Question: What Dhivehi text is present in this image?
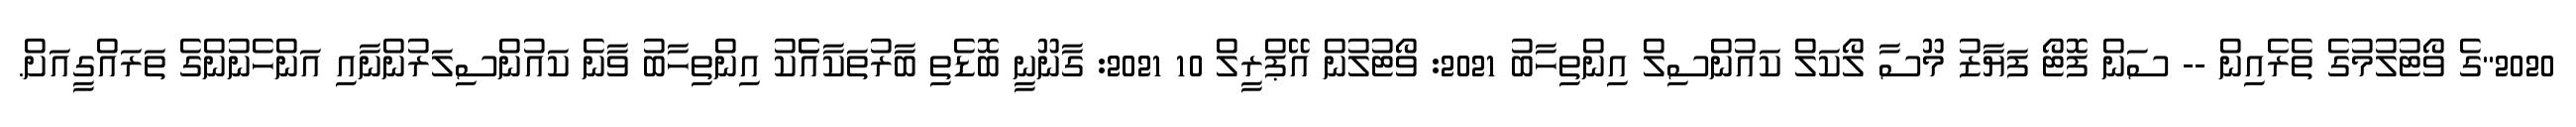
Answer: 2020"ގެ ވޯޓުލުމުގެ ތެރެއިން -- ސަން ފޮޓޯ ފަޔާޒު މޫސާ ލޯކަލް ކައުންސިލް އިންތިހާބު 2021: ވޯޓުލުން އޭޕްރީލް 10 2021: ގާނޫނީ ބޮޑެތި ބާރުތަކާއެެކު އިންތިހާބު ވާނެ ކައުންސިލަރުންނާއި އަންހެނުންގެ ތަރައްގީއަށް.